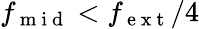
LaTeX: f_{\mathrm{~m~i~d~}}<f_{\mathrm{~e~x~t~}}/4